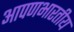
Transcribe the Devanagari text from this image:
आपणभारतीय